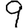
Digit: 9